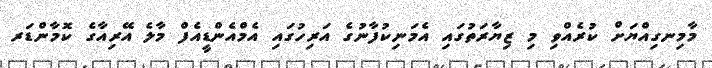
މާމިނގިއްޔަށް ކުރެއްވި މި ޒިޔާރަތުގައި އެމަނިކުފާނުގެ އަރިހުގައި އެމްއެންޑީއެފް މާލެ އޭރިއާގެ ކޮމާންޑަރ